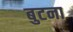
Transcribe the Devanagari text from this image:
बुटना